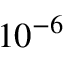
1 0 ^ { - 6 }